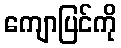
ကျောပြင်ကို